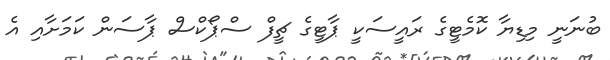
ބުނަނީ މިޑިޔާ ކޮމެޓީގެ ރައީސަކީ ޕާޓީގެ ޗީފް ސްޕޯކްސް ޕާސަން ކަމަށާއި އެ